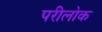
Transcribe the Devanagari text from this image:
परीलोक